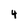
Character: 4